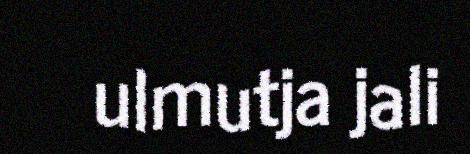
ulmutja jali